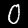
Label: 0